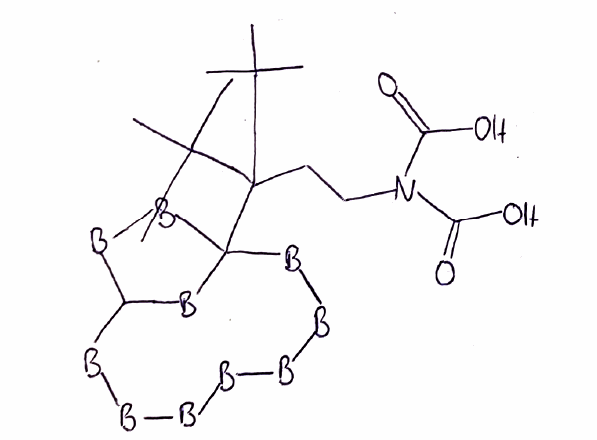
Simplified molecular-input line-entry system (SMILES) notation of the given molecule:
[B]1[B][B][B]C2[B][B]C([B]2)([B][B][B]1)C(CCN(C(=O)O)C(=O)O)(C(C)(C)C)C(C)(C)C